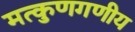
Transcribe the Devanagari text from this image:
मत्कुणगणीय